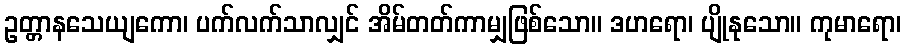
ဥတ္တာနသေယျကော၊ ပက်လက်သာလျှင် အိမ်တတ်ကာမျှဖြစ်သော။ ဒဟရော၊ ပျိုနုသော။ ကုမာရော၊